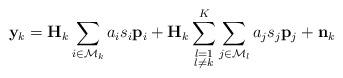
LaTeX: \begin{align*} \mathbf{y}_k=\mathbf{H}_k\sum_{i\in \mathcal{M}_k}a_i s_i\mathbf{p}_i+\mathbf{H}_k\sum\limits_{\substack{l=1\\l \neq k}}^{K}\sum\limits_{j\in \mathcal{M}_l}a_j s_j\mathbf{p}_j+\mathbf{n}_k\end{align*}